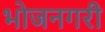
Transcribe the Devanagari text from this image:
भोजनगरी